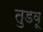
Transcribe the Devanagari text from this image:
तुडवू